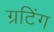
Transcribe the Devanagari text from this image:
ग्रटिंग